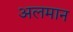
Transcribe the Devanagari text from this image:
अलमान